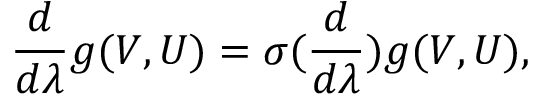
\frac { d } { d \lambda } g ( V , U ) = \sigma ( \frac { d } { d \lambda } ) g ( V , U ) ,